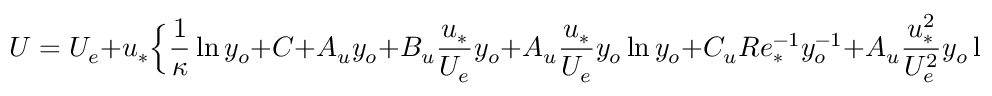
U = U _ { e } + u _ { * } \Big \{ \frac { 1 } { \kappa } \ln y _ { o } + C + A _ { u } y _ { o } + B _ { u } \frac { u _ { * } } { U _ { e } } y _ { o } + A _ { u } \frac { u _ { * } } { U _ { e } } y _ { o } \ln y _ { o } + C _ { u } R e _ { * } ^ { - 1 } y _ { o } ^ { - 1 } + A _ { u } \frac { u _ { * } ^ { 2 } } { U _ { e } ^ { 2 } } y _ { o } \ln ^ { 2 } y _ { o } + . . . \Big \} ,